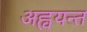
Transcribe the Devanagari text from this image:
अह्वयन्त